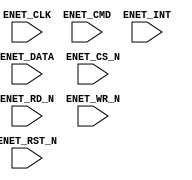
module enet(ENET_DATA, ENET_CLK, ENET_CMD, ENET_CS_N, ENET_INT, ENET_RD_N, ENET_WR_N, ENET_RST_N);
	input [15:0] ENET_DATA;
	input ENET_CLK;
	input ENET_CMD;
	input ENET_CS_N;
	input ENET_INT;
	input ENET_RD_N;
	input ENET_WR_N;
	input ENET_RST_N;
endmodule